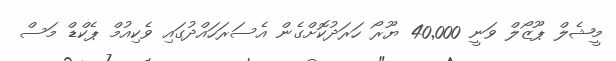
މީޝެލް ޕޫޒޯލް ވަނީ 40